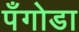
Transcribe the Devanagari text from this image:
पँगोडा